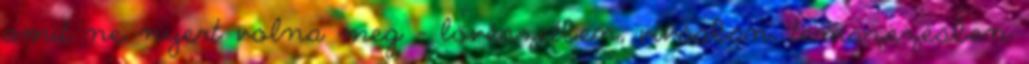
amit ne nyert volna meg - lövészetben, vívásban, teniszezésben